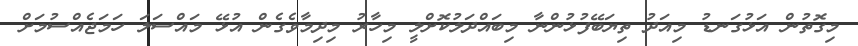
މިގޮތުން އަޅުގަނޑު މިއަދު ތިޔަބޭފުޅުންނާ މިބައްދަލުކޮށްލީ މިހާރު މިދިމާވެގެން އުޅޭ މައްސަލަ ހަމަޖެއްސުމަށް